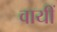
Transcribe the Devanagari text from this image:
वायीं